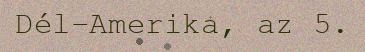
Dél-Amerika, az 5.